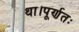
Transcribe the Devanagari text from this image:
था।पूर्णतः